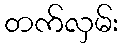
တက်လှမ်း